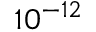
1 0 ^ { - 1 2 }